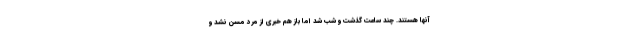
آنها هستند. چند ساعت گذشت و شب شد اما باز هم خبری از مرد مسن نشد و